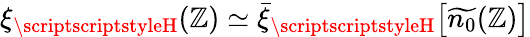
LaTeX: \xi_{{\scriptscriptstyleH}}(\mathbb{Z})\simeq\bar{{\xi}}_{{\scriptscriptstyleH}}\big[\widetilde{{n_{0}}}(\mathbb{Z})\big]